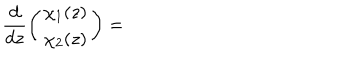
LaTeX: \frac { d } { d z } \left( \begin{array} { r r } { { \chi _ { 1 } ( z ) } } \\ { { \chi _ { 2 } ( z ) } } \\ \end{array} \right) =